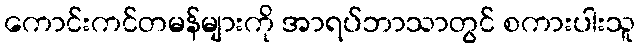
ကောင်းကင်တမန်များကို အာရပ်ဘာသာတွင် စကားပါးသူ